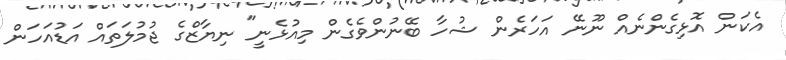
އެކަން އޮޅިގެންނެއް ނޫނޭ އަހަރެން ޝުހާ ބޭނުންވެގެން މިއުޅެނީ" ނިޔާޒްގެ ޖުމުލަތައް އަޑުއަހަން